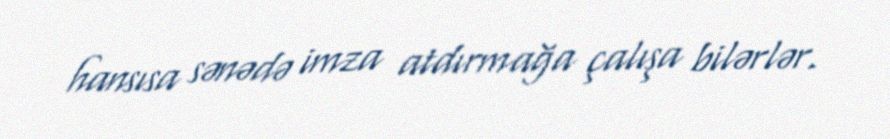
hansısa sənədə imza atdırmağa çalışa bilərlər.